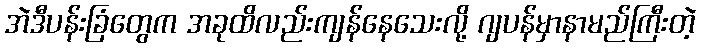
အဲဒီပန်းခြံတွေက အခုထိလည်းကျန်နေသေးလို့ ဂျပန်မှာနာမည်ကြီးတဲ့